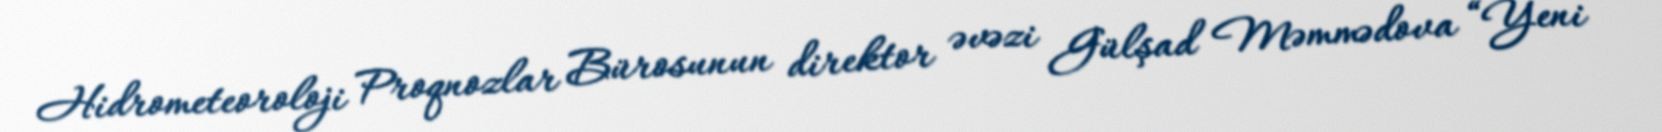
Hidrometeoroloji Proqnozlar Bürosunun direktor əvəzi Gülşad Məmmədova “Yeni